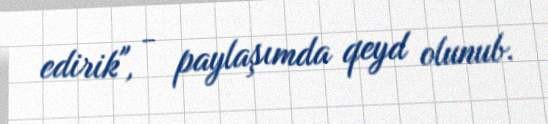
edirik", - paylaşımda qeyd olunub.